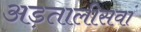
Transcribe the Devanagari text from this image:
अड़तालीसवां